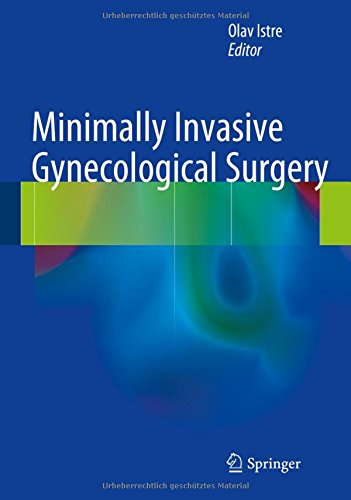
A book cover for Minimally Invasive Gynecological Surgery; Medical Books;